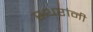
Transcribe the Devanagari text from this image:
स्थरांनी